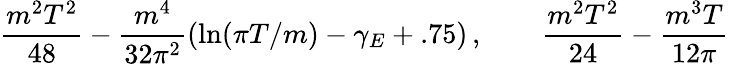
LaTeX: \frac{m^{2}T^{2}}{48}-\frac{m^{4}}{32\pi^{2}}\left(\ln(\pi T/m)-\gamma_{E}+.75\right)\, ,\qquad\frac{m^{2}T^{2}}{24}-\frac{m^{3}T}{12\pi}